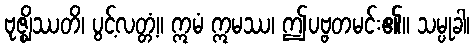
ဗုဇ္ဈိဿတိ၊ ပွင့်လတ္တံ့။ ဣမံ ဣမဿ၊ ဤပဗ္ဗတမင်း၏။ သမ္ပုခါ၊